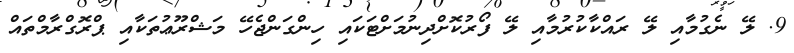
9. ލޭ ނެގުމާއި ލޭ ރައްކާކުރުމާއި ލޭ ފޯރުކޮށްދިނުމަށްޓަކައި ހިންގަންޖެހޭ މަޝްރޫޢުތަކާއި ޕްރޮގްރާމްތައް